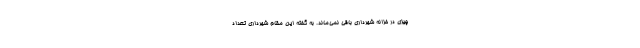
چیزی در خزانه شهرداری باقی نمی‌ماند. به گفته این مقام شهرداری تعداد